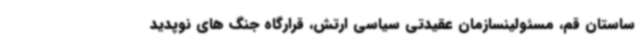
ساستان قم، مسئولینسازمان عقیدتی سیاسی ارتش، قرارگاه جنگ های نوپدید